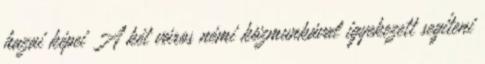
hazai képei A két város némi közmunkával igyekezett segíteni